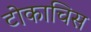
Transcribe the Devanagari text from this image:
टोकाचिस